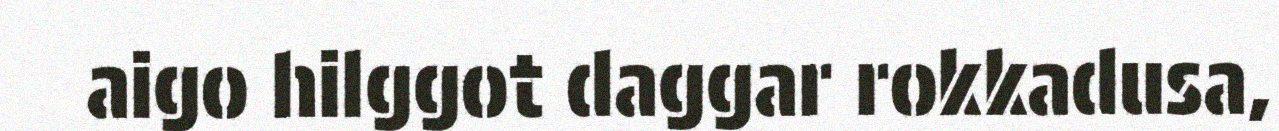
aigo hilggot daggar rokkadusa,